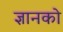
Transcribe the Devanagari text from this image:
ज्ञानको